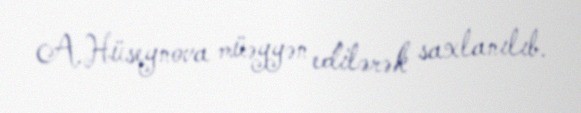
A.Hüseynova müəyyən edilərək saxlanılıb.